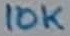
Text: 10K